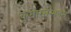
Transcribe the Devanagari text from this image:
कुमारसम्भवम्‌